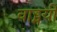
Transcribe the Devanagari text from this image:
वाड्मयी